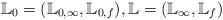
LaTeX: \begin{align*}\mathbb{L}_0=(\mathbb{L}_{0,\infty} ,\mathbb{L}_{0,f}),\mathbb{L}=(\mathbb{L}_\infty,\mathbb{L}_f)\end{align*}